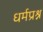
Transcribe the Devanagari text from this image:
धर्मप्रश्न